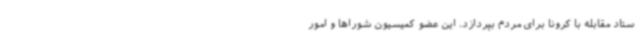
ستاد مقابله با کرونا برای مردم بپردازد. این عضو کمیسیون شوراها و امور